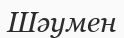
Шәумен